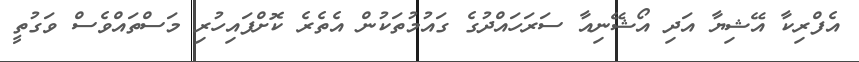
އެފްރިކާ އޭޝިޔާ އަދި އޯޝޭނިއާ ސަރަހައްދުގެ ގައުމުތަކުން އެތެރެ ކޮށްފައިހުރި މަސްތައްވެސް ވަގުތީ